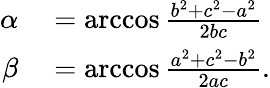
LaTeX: \begin{array}{rl}{\alpha}&{{}=\operatorname{arccos}{\frac{b^{2}+c^{2}-a^{2}}{2bc}}}\\ {\beta}&{{}=\operatorname{arccos}{\frac{a^{2}+c^{2}-b^{2}}{2ac}}.}\end{array}